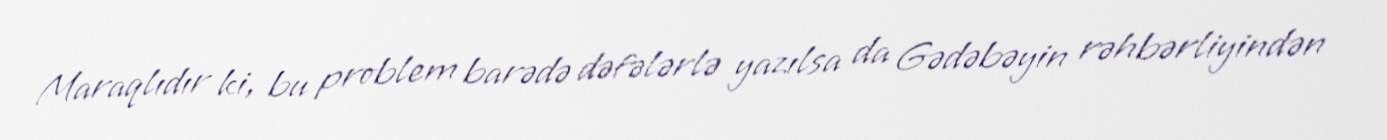
Maraqlıdır ki, bu problem barədə dəfələrlə yazılsa da Gədəbəyin rəhbərliyindən